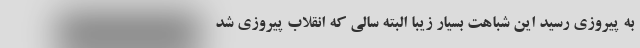
به پیروزی رسید این شباهت بسیار زیبا البته سالی که انقلاب پیروزی شد